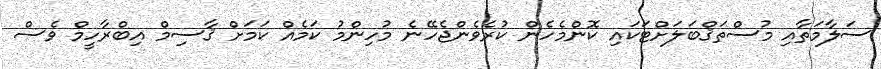
ސަލާމަތާއި މުސްތަޤްބަލަށްޓަކައި ކޮންމެހެން ކުރެވެންޖެހޭނެ މުހިންމު ކަމެއް ކަމަށް ޤާސިމް އިބްރާހީމް ވެސް